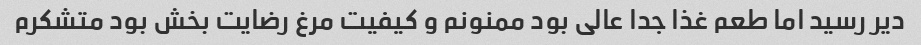
دیر رسید اما طعم غذا جدا عالی بود ممنونم و کیفیت مرغ رضایت بخش بود متشکرم